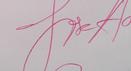
Signature authenticity: genuine